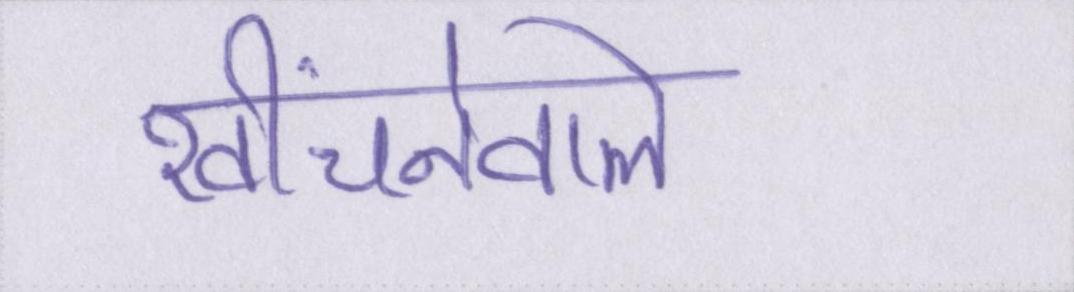
खींचनेवाले